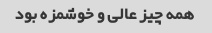
همه چیز عالی و خوشمزه بود